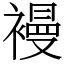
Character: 𧜞